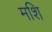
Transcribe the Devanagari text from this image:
मशि